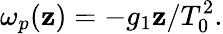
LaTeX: \omega_{p}(\mathbf{z})=-g_{1}\mathbf{z}/T_{0}^{2}.